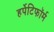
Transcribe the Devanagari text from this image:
हर्पेटिफॉर्म